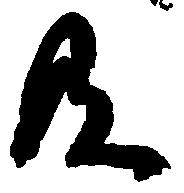
及